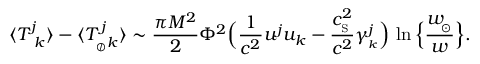
\langle { T _ { \ k } ^ { j } } \rangle - \langle T _ { _ { \oslash } k } ^ { \, j } \rangle \sim { \frac { \pi M ^ { 2 } } { 2 } } \Phi ^ { 2 } \Big ( { \frac { 1 } { c ^ { 2 } } } u ^ { j } u _ { k } - { \frac { c _ { _ \mathrm { S } } ^ { 2 } } { c ^ { 2 } } } \gamma _ { _ k } ^ { j } \Big ) \, \ln \Big \{ { \frac { w _ { \! _ { \odot } } } { w } } \Big \} .